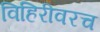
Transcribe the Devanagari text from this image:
विहिरीवरच